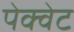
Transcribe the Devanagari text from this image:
पेक्वेट